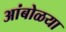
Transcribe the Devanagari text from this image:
आंबोळया